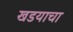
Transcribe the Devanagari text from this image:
खडयाचा